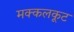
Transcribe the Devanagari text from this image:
मक्कलकूट